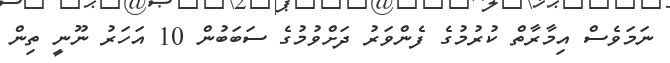
ނަމަވެސް އިމާރާތް ކުރުމުގެ ފެންވަރު ދަށްވުމުގެ ސަބަބުން 10 އަހަރު ނޫނީ ތިން